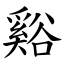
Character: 谿